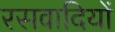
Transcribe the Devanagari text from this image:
रसवादियों